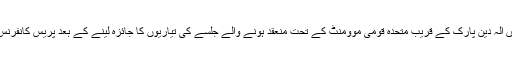
ڈاکٹر فاروق ستار کراچی میں الہٰ دین پارک کے قریب متحدہ قومی موومنٹ کے تحت منعقد ہونے والے جلسے کی تیاریوں کا جائزہ لینے کے بعد پریس کانفرنس سے خطاب کر رہے تھے۔